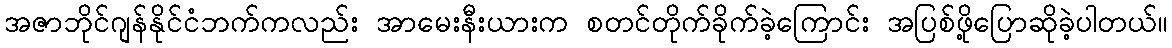
အဇာဘိုင်ဂျန်နိုင်ငံဘက်ကလည်း အာမေးနီးယားက စတင်တိုက်ခိုက်ခဲ့ကြောင်း အပြစ်ဖို့ပြောဆိုခဲ့ပါတယ်။